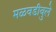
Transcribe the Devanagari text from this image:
मळवडीवुले